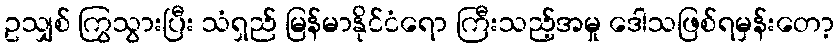
ဥသျှစ် ကြွသွားပြီး သံရှည် မြန်မာနိုင်ငံရော ကြီးသည့်အမှု ဒေါသဖြစ်ရမှန်းတော့